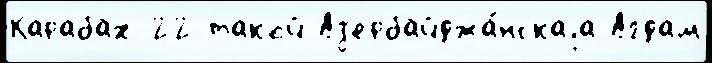
Карабах-22 такой Аз'ербайджа́нскаjа Агдам